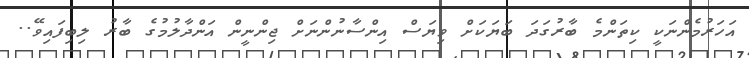
އަހަރުމެންނަކީ ކިތަންމެ ބާރުގަދަ ބަޔަކަށް ވިޔަސް އިންސާނުންނަށް ޖިންނީން އަންދާލުމުގެ ބާރު ލިބިފައިވޭ..